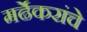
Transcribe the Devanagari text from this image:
मर्ढेकरांचे